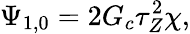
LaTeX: \Psi_{1,0}=2G_{c}\tau_{Z}^{2}\chi,